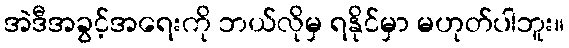
အဲဒီအခွင့်အရေးကို ဘယ်လိုမှ ရနိုင်မှာ မဟုတ်ပါဘူး။